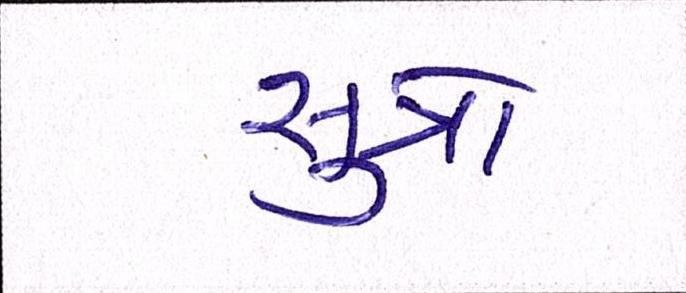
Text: સુત્રો